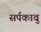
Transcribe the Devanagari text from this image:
सर्पकावु